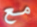
مع